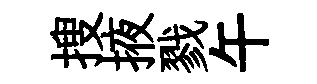
搜掖戮午